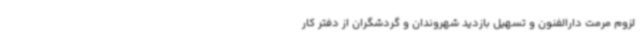
لزوم مرمت دارالفنون و تسهیل بازدید شهروندان و گردشگران از دفتر کار